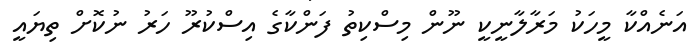
އަނެއްކާ މީހަކު މަރާލާނީކީ ނޫން މިސްކިތު ފަންކާގެ އިސްކުރޫ ހަރު ނުކޮށް ތިޔައީ